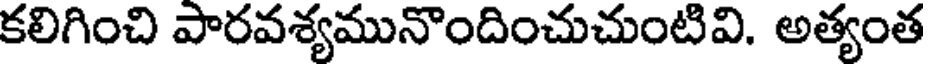
కలిగించి పారవశ్యమునొందించుచుంటివి. అత్యంత